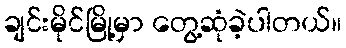
ချင်းမိုင်မြို့မှာ တွေ့ဆုံခဲ့ပါတယ်။